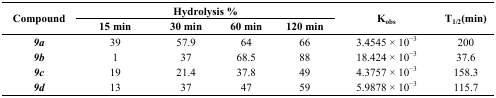
<table><thead><tr><td rowspan="2"><b>Compound</b></td><td colspan="4"><b>Hydrolysis %</b></td><td rowspan="2"><b>K<sub>obs</sub></b></td><td rowspan="2"><b>T<sub>1/2</sub>(min)</b></td></tr><tr><td><b>15 min</b></td><td><b>30 min</b></td><td><b>60 min</b></td><td><b>120 min</b></td></tr></thead><tbody><tr><td><b><i>9a</i></b></td><td>39</td><td>57.9</td><td>64</td><td>66</td><td>3.4545 × 10<sup>−3</sup></td><td>200</td></tr><tr><td><b><i>9b</i></b></td><td>1</td><td>37</td><td>68.5</td><td>88</td><td>18.424 × 10<sup>−3</sup></td><td>37.6</td></tr><tr><td><b><i>9c</i></b></td><td>19</td><td>21.4</td><td>37.8</td><td>49</td><td>4.3757 × 10<sup>−3</sup></td><td>158.3</td></tr><tr><td><b><i>9d</i></b></td><td>13</td><td>37</td><td>47</td><td>59</td><td>5.9878 × 10<sup>−3</sup></td><td>115.7</td></tr></tbody></table>